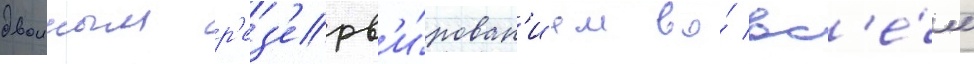
двоиным р'ез'ерв'и́рован'ием во́ вс'е́м